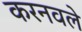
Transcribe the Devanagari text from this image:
करनवले